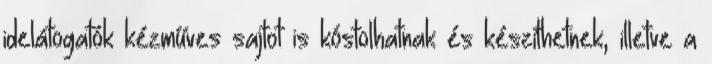
idelátogatók kézműves sajtot is kóstolhatnak és készíthetnek, illetve a